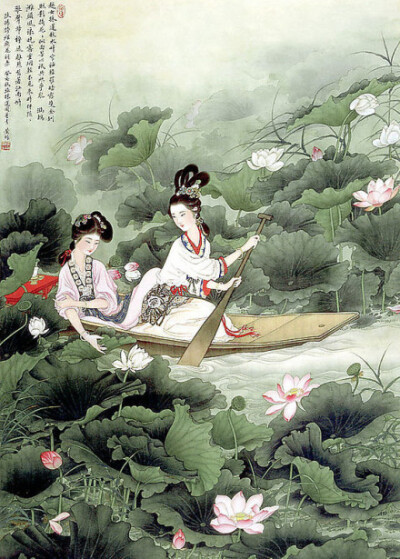
吴姬越艳楚王妃，争弄莲舟水湿衣。